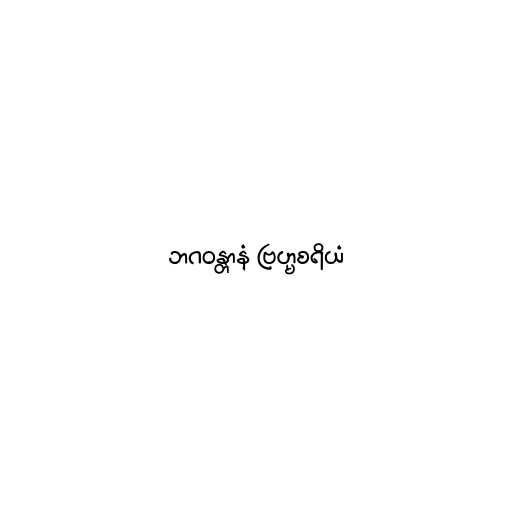
ဘဂဝန္တာနံ ဗြဟ္မစရိယံ